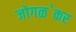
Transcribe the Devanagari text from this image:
जोगळ॓कर